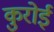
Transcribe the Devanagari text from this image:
कुरोई